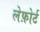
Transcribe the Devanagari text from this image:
लेफ़ोर्ट